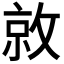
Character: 𫿀